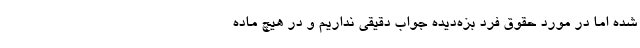
شده اما در مورد حقوق فرد بزه‌دیده جواب دقیقی نداریم و در هیچ ماده